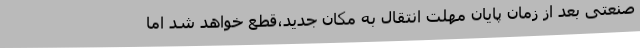
صنعتی بعد از زمان پایان مهلت انتقال به مکان جدید،قطع خواهد شد اما